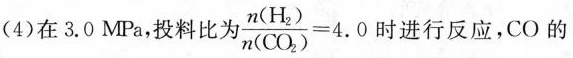
(4)在3.0MPa.，投料比为 $$\frac{n(H_{2})}{n(CO_{2})}=4.0$$ 时进行反应，CO的